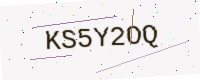
Text: KS5Y2OQ